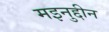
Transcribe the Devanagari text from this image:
मइनुद्दीन